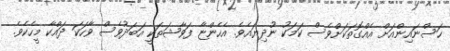
ހަސްނައިންއަށް އެއްގޮތަކަށްވެސް ކަމަކު ނުދިޔައެވެ. އެހެންޏާ ފަވާޝަތަކީ އަބަދުވެސް ވާހަކަ ދައްކާ މީހެކެވެ.